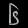
Digit: ၆